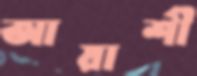
আয়াশী